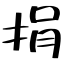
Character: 捐